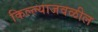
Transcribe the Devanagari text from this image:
किल्ल्याजवळील